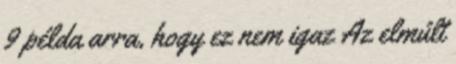
9 példa arra, hogy ez nem igaz Az elmúlt